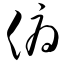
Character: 俯